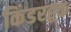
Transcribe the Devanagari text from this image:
किंडरहूक